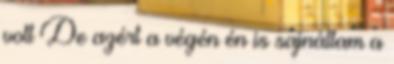
volt De azért a végén én is sajnáltam a